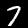
Label: 7